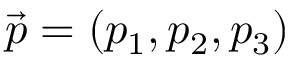
\vec { p } = ( p _ { 1 } , p _ { 2 } , p _ { 3 } )